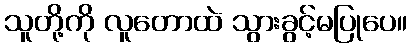
သူတို့ကို လူတောထဲ သွားခွင့်မပြုပေ။